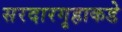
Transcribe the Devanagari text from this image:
सरदारगृहाकडे